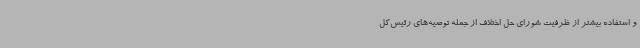
و استفاده بیشتر از ظرفیت شورای حل اختلاف از جمله توصیه‌های رئیس‌کل